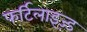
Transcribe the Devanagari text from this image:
फर्टिलाइज़्ड